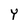
Character: Y